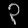
Digit: ၃